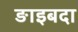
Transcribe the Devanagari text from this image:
ङाइबदा